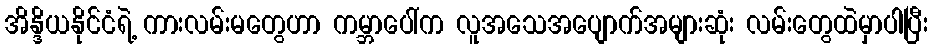
အိန္ဒိယနိုင်ငံရဲ့ ကားလမ်းမတွေဟာ ကမ္ဘာပေါ်က လူအသေအပျောက်အများဆုံး လမ်းတွေထဲမှာပါပြီး